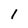
Character: 1